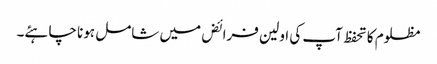
مظلوم کا تحفظ آپ کی اولین فرائض میں شامل ہونا چاہئے۔